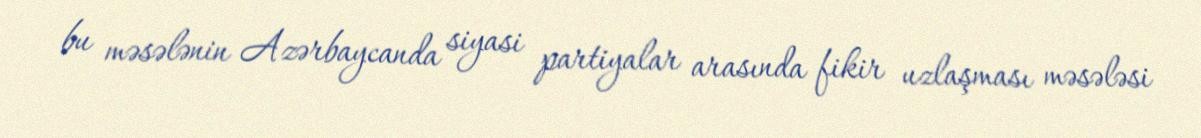
bu məsələnin Azərbaycanda siyasi partiyalar arasında fikir uzlaşması məsələsi